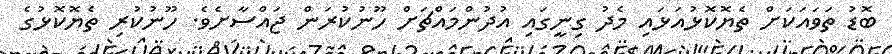
ބޮޑު ތަވައަކަށް ތެޔޮކޮޅުއަޅައި މެދު ގިނީގައި އުދުންމައްޗަށް ހޫނުކުރަން ޖައްސާށެވެ. ހޫނުކުރި ތެޔޮކޮޅުގެ